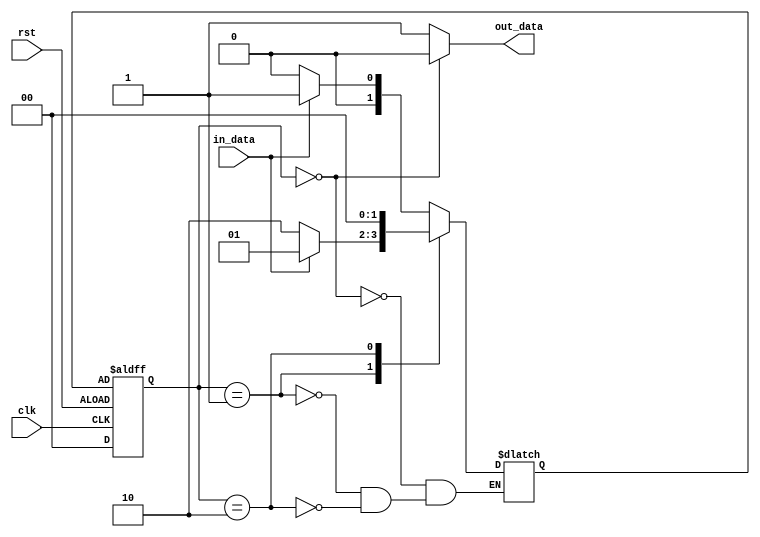
module fsm (
    input clk,
    input rst,
    input in_data,
    output reg out_data
);

// Define states
parameter IDLE = 2'b00;
parameter STATE1 = 2'b01;
parameter STATE2 = 2'b10;

// Define state register
reg [1:0] state, next_state;

// State transition logic
always @(posedge clk or negedge rst) begin
    if (rst) begin
        state <= IDLE;
    end else begin
        state <= next_state;
    end
end

// State transition and output logic
always @* begin
    case (state)
        IDLE: begin
            if (in_data) begin
                next_state = STATE1;
            end else begin
                next_state = IDLE;
            end
        end
        STATE1: begin
            if (!in_data) begin
                next_state = STATE2;
            end else begin
                next_state = STATE1;
            end
        end
        STATE2: begin
            next_state = IDLE;
        end
    endcase
end

// Output logic
always @* begin
    case (state)
        IDLE: begin
            out_data = 0;
        end
        default: begin
            out_data = 1;
        end
    endcase
end

endmodule